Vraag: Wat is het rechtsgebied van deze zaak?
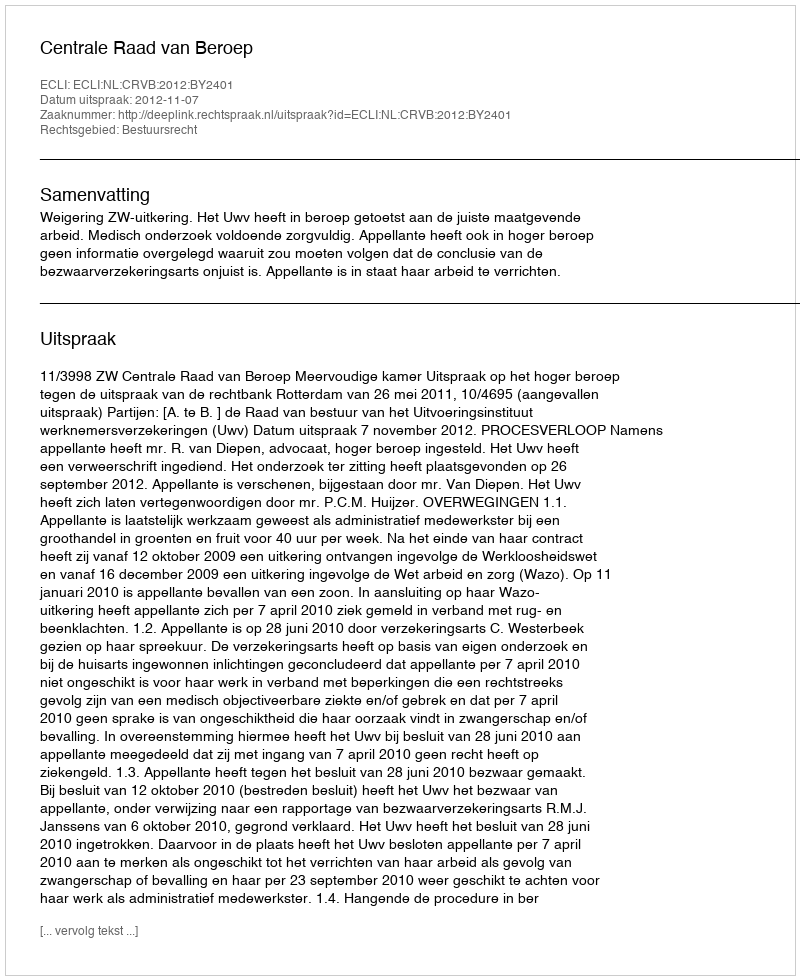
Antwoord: Bestuursrecht